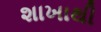
શાખાથી